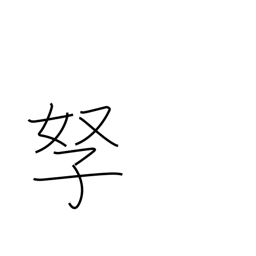
Meaning: wife and children